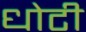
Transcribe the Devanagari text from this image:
धोटी